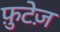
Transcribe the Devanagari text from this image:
फ़ुटेज़